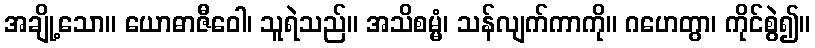
အချို့သော။ ယောဓာဇီဝေါ၊ သူရဲသည်။ အသိစမ္မံ၊ သန်လျက်ကာကို။ ဂဟေတွာ၊ ကိုင်စွဲ၍။